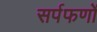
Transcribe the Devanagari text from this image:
सर्पफणों